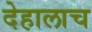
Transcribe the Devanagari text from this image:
देहालाच